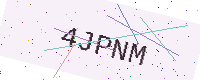
Text: 4JPNM